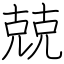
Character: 兢